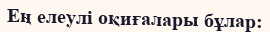
Ең елеулі оқиғалары бұлар: